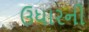
ઉધારની